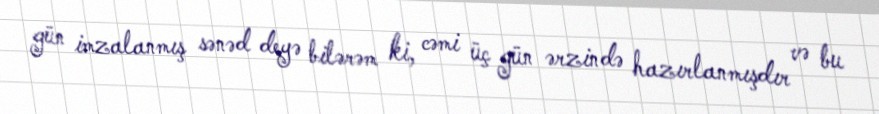
gün imzalanmış sənəd deyə bilərəm ki, cəmi üç gün ərzində hazırlanmışdır və bu